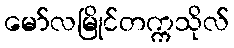
မော်လမြိုင်တက္ကသိုလ်